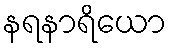
နရနာရိယော